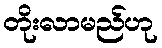
တိုးလာမည်ဟု